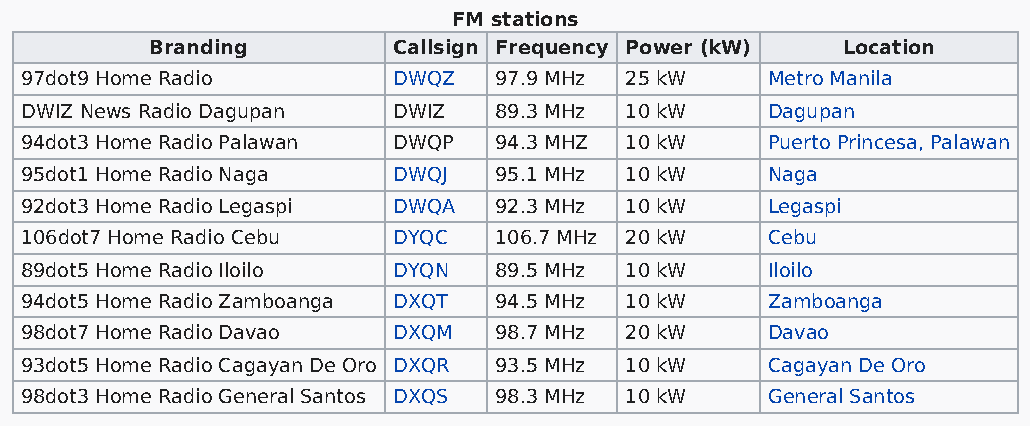
FM stations
 Branding        Callsign Frequency Power (kW) Location
 97dot9 Home Radio        DWQZ   97.9 MHz 25 kW    Metro Manila
 DWIZ News Radio Dagupan  DWIZ   89.3 MHz 10 kW    Dagupan
 94dot3 Home Radio Palawan DWQP  94.3 MHZ 10 kW    Puerto Princesa, Palawan
 95dot1 Home Radio Naga   DWQJ   95.1 MHz 10 kW    Naga
 92dot3 Home Radio Legaspi DWQA  92.3 MHz 10 kW    Legaspi
 106dot7 Home Radio Cebu  DYQC   106.7 MHz 20 kW   Cebu
 89dot5 Home Radio Iloilo DYQN   89.5 MHz 10 kW    Iloilo
 94dot5 Home Radio Zamboanga DXQT 94.5 MHz 10 kW   Zamboanga
 98dot7 Home Radio Davao  DXQM   98.7 MHz 20 kW    Davao
 93dot5 Home Radio Cagayan De Oro DXQR 93.5 MHz 10 kW Cagayan De Oro
 98dot3 Home Radio General Santos DXQS 98.3 MHz 10 kW General Santos